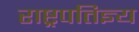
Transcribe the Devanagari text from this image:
राष्ट्रपतिज्ञ्य